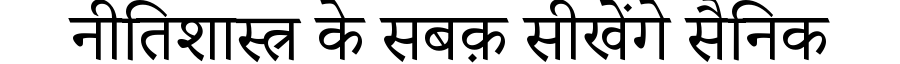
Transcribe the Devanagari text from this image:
नीतिशास्त्र के सबक़ सीखेंगे सैनिक